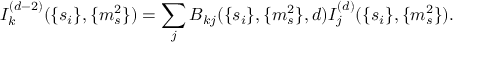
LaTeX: I _ { k } ^ { ( d - 2 ) } ( \{ s _ { i } \} , \{ m _ { s } ^ { 2 } \} ) = \sum _ { j } B _ { k j } ( \{ s _ { i } \} , \{ m _ { s } ^ { 2 } \} , d ) I _ { j } ^ { ( d ) } ( \{ s _ { i } \} , \{ m _ { s } ^ { 2 } \} ) .